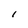
Character: l